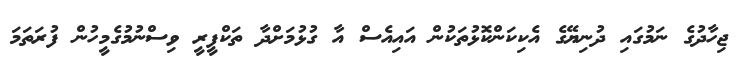
ޖިހާދުގެ ނަމުގައި ދުނިޔޭގެ އެކިކަންކޮޅުތަކުން އައިއެސް އާ ގުޅުމަށްދާ ތަކްފީރީ ވިސްނުމުގެމީހުން ފުރަތަމަ